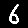
Digit: 6